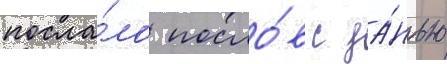
посла́ло посло́в с да́нью